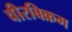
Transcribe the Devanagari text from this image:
वीरबिक्रम